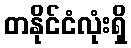
တနိုင်ငံလုံးရှိ